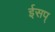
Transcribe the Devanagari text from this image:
ईसप्